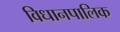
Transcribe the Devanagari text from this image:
विधानपालिक